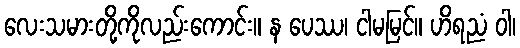
လေးသမားတို့ကိုလည်းကောင်း။ န ပေဿ၊ ငါမမြင်။ ဟိရညံ ဝါ၊